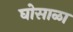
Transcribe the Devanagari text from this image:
घोसाळा